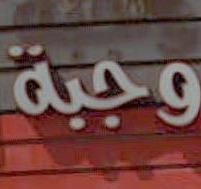
وجبة